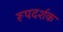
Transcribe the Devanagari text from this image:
रूपदर्शक